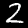
Digit: 2